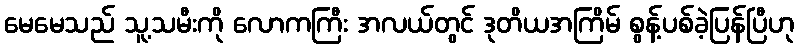
မေမေသည် သူ့သမီးကို လောကကြီး အလယ်တွင် ဒုတိယအကြိမ် စွန့်ပစ်ခဲ့ပြန်ပြီဟု